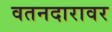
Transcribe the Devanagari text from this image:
वतनदारावर